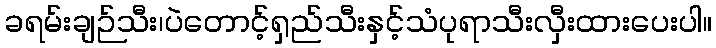
ခရမ်းချဉ်သီး၊ပဲတောင့်ရှည်သီးနှင့်သံပုရာသီးလှီးထားပေးပါ။